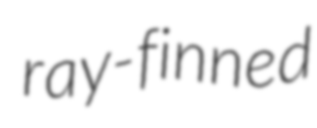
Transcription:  ray-finned